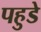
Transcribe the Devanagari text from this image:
पहुडे